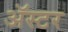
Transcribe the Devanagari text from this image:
ॲस्टर